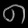
Digit: ၈